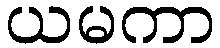
ယမကာ